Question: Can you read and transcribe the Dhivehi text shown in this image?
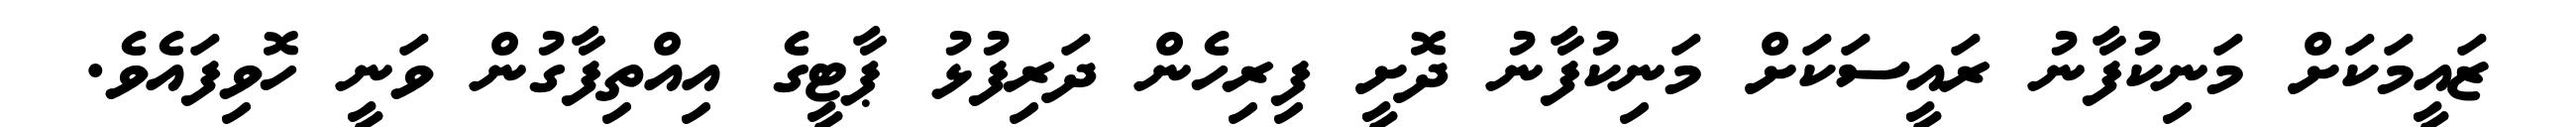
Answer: ޒައީމަކަށް މަނިކުފާނު ރައީސަކަށް މަނިކުފާނު ދޮށީ ފިރިހެން ދަރިފުޅު ޕާޓީގެ އިއްތިފާގުން ވަނީ ހޮވިފައެވެ.